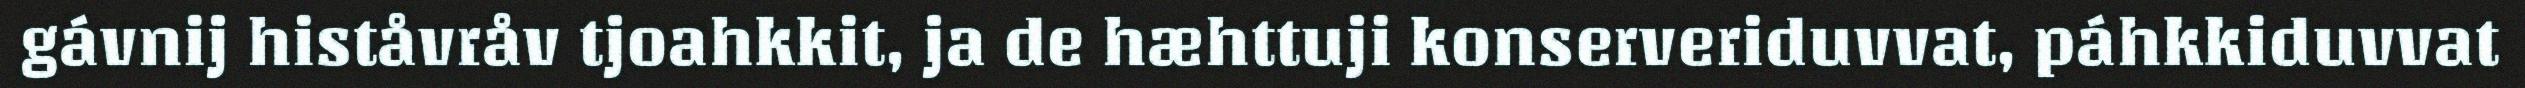
gávnij histåvråv tjoahkkit, ja de hæhttuji konserveriduvvat, páhkkiduvvat